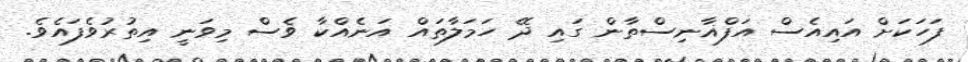
ފަހަކަށް އައިއެސް އަފްޣާނިސްތާން ގައި ދޭ ހަމަލާތައް އަނެއްކާ ވެސް މިވަނީ އިތުރުވެފައެވެ.